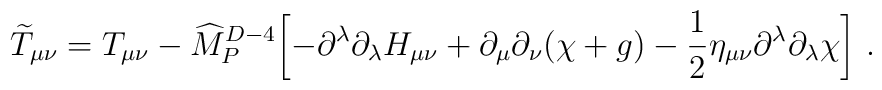
{\widetilde T}_{\mu\nu}= T_{\mu\nu}- {\widehat M}_P^{D-4}\biggl[-\partial^\lambda\partial_\lambda H_{\mu\nu}+ \partial_\mu\partial_\nu(\chi+g) -{1\over 2}\eta_{\mu\nu}\partial^\lambda\partial_\lambda \chi \biggr]~.